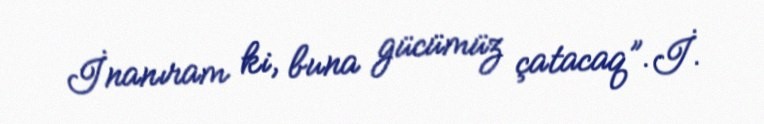
İnanıram ki, buna gücümüz çatacaq”.İ.